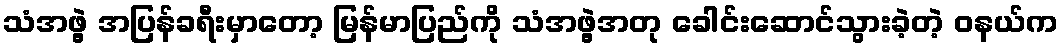
သံအဖွဲ့ အပြန်ခရီးမှာတော့ မြန်မာပြည်ကို သံအဖွဲ့အတု ခေါင်းဆောင်သွားခဲ့တဲ့ ဝနယ်က